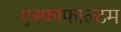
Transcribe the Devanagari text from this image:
एस्फाफाल्टम